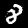
Label: 8